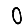
Digit: 0